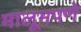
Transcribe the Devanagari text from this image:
मालूमपणे